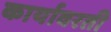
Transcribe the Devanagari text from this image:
कार्यावरती